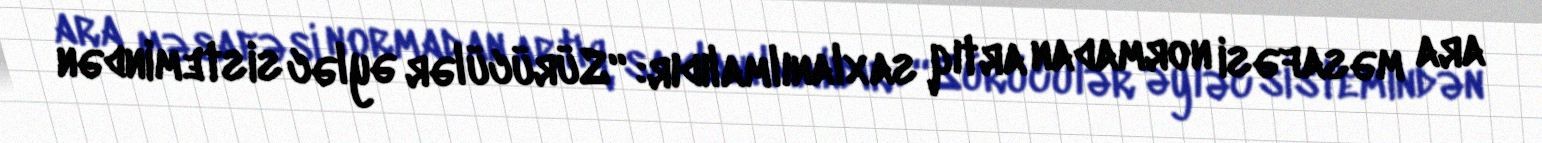
ara məsafəsi normadan artıq saxlanılmalıdır: “Sürücülər əyləc sistemindən